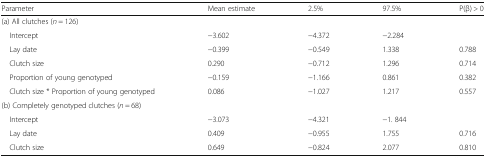
| Parameter | Mean estimate | 2.5% | 97.5% | P(β) > 0 |
 | --- | --- | --- | --- | --- |
 | <COLSPAN=5> (a) All clutches (n = 126) |
 | Intercept | −3.602 | −4.372 | −2.284 |  |
 | Lay date | −0.399 | −0.549 | 1.338 | 0.788 |
 | Clutch size | 0.290 | −0.712 | 1.296 | 0.714 |
 | Proportion of young genotyped | −0.159 | −1.166 | 0.861 | 0.382 |
 | Clutch size * Proportion of young genotyped | 0.086 | −1.027 | 1.217 | 0.557 |
 | <COLSPAN=5> (b) Completely genotyped clutches (n = 68) |
 | Intercept | −3.073 | −4.321 | −1. 844 |  |
 | Lay date | 0.409 | −0.955 | 1.755 | 0.716 |
 | Clutch size | 0.649 | −0.824 | 2.077 | 0.810 |